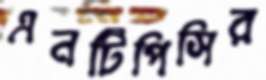
এনটিপিসির